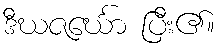
ဒီဃဇင်္ဃော ပြီး၏။